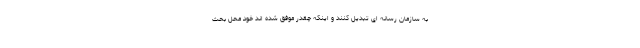
به سازمان رسانه ای تبدیل کنند و اینکه چقدر موفق شده اند خود محل بحث